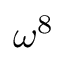
\omega ^ { 8 }